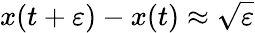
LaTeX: x(t+\varepsilon)-x(t)\approx{\sqrt{\varepsilon}}